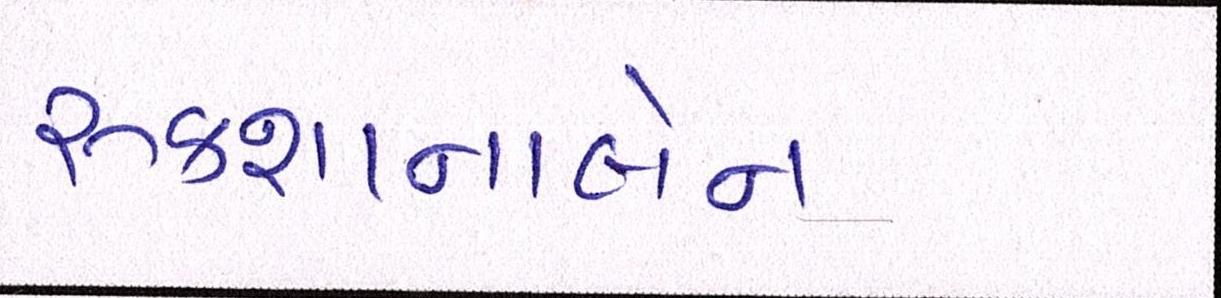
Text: રૂકશાનાબેન